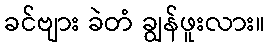
ခင်ဗျား ခဲတံ ချွန်ဖူးလား။